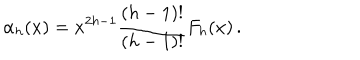
\alpha _ { h } ( x ) = x ^ { 2 h - 1 } { \frac { ( h - 1 ) ! } { ( h - 1 ) ! } } F _ { h } ( x ) \, .